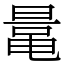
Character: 鼌